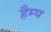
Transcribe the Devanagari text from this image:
हैम्प